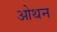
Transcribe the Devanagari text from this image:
ओथन